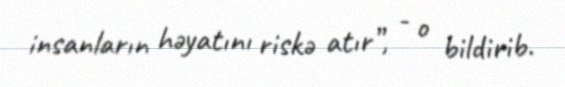
insanların həyatını riskə atır”, - o bildirib.